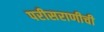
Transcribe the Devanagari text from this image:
परीसराणीची